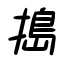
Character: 搗